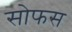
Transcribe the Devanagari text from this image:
सोफस